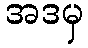
အဒမှ